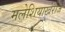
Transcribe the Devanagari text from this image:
मलेशियाखेरीज